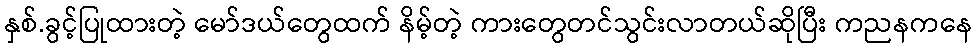
နှစ်.ခွင့်ပြုထားတဲ့ မော်ဒယ်တွေထက် နိမ့်တဲ့ ကားတွေတင်သွင်းလာတယ်ဆိုပြီး ကညနကနေ